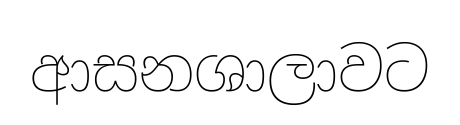
ආසනශාලාවට